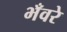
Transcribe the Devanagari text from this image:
भँवरे